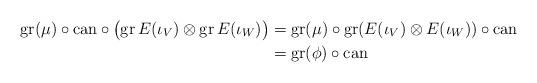
LaTeX: \begin{align*}\mathrm{gr}(\mu)\circ \mathrm{can}\circ \big(\mathrm{gr} \,E(\iota_V)\otimes \mathrm{gr}\, E(\iota_W)\big)& = \mathrm{gr}(\mu)\circ \mathrm{gr}(E(\iota_V)\otimes E(\iota_W))\circ \mathrm{can}\\&= \mathrm{gr}(\phi)\circ \mathrm{can}\end{align*}